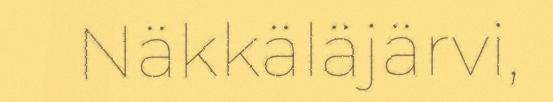
Näkkäläjärvi,